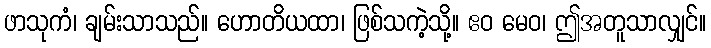
ဖာသုကံ၊ ချမ်းသာသည်။ ဟောတိယထာ၊ ဖြစ်သကဲ့သို့။ ဧဝ မေဝ၊ ဤအတူသာလျှင်။